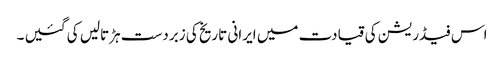
اس فیڈریشن کی قیادت میں ایرانی تاریخ کی زبردست ہڑتالیں کی گئیں ۔